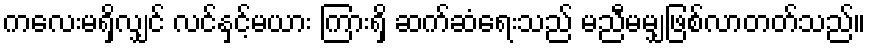
ကလေးမရှိလျှင် လင်နှင့်မယား ကြားရှိ ဆက်ဆံရေးသည် မညီမမျှဖြစ်လာတတ်သည်။